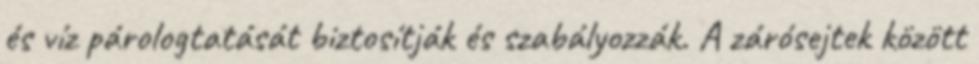
és víz párologtatását biztosítják és szabályozzák. A zárósejtek között